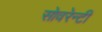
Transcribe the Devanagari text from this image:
सोवरेन्टी